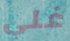
غلي